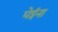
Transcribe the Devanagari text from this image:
घेईना